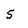
Character: 5